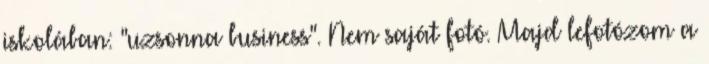
iskolában: "uzsonna business". Nem saját fotó. Majd lefotózom a